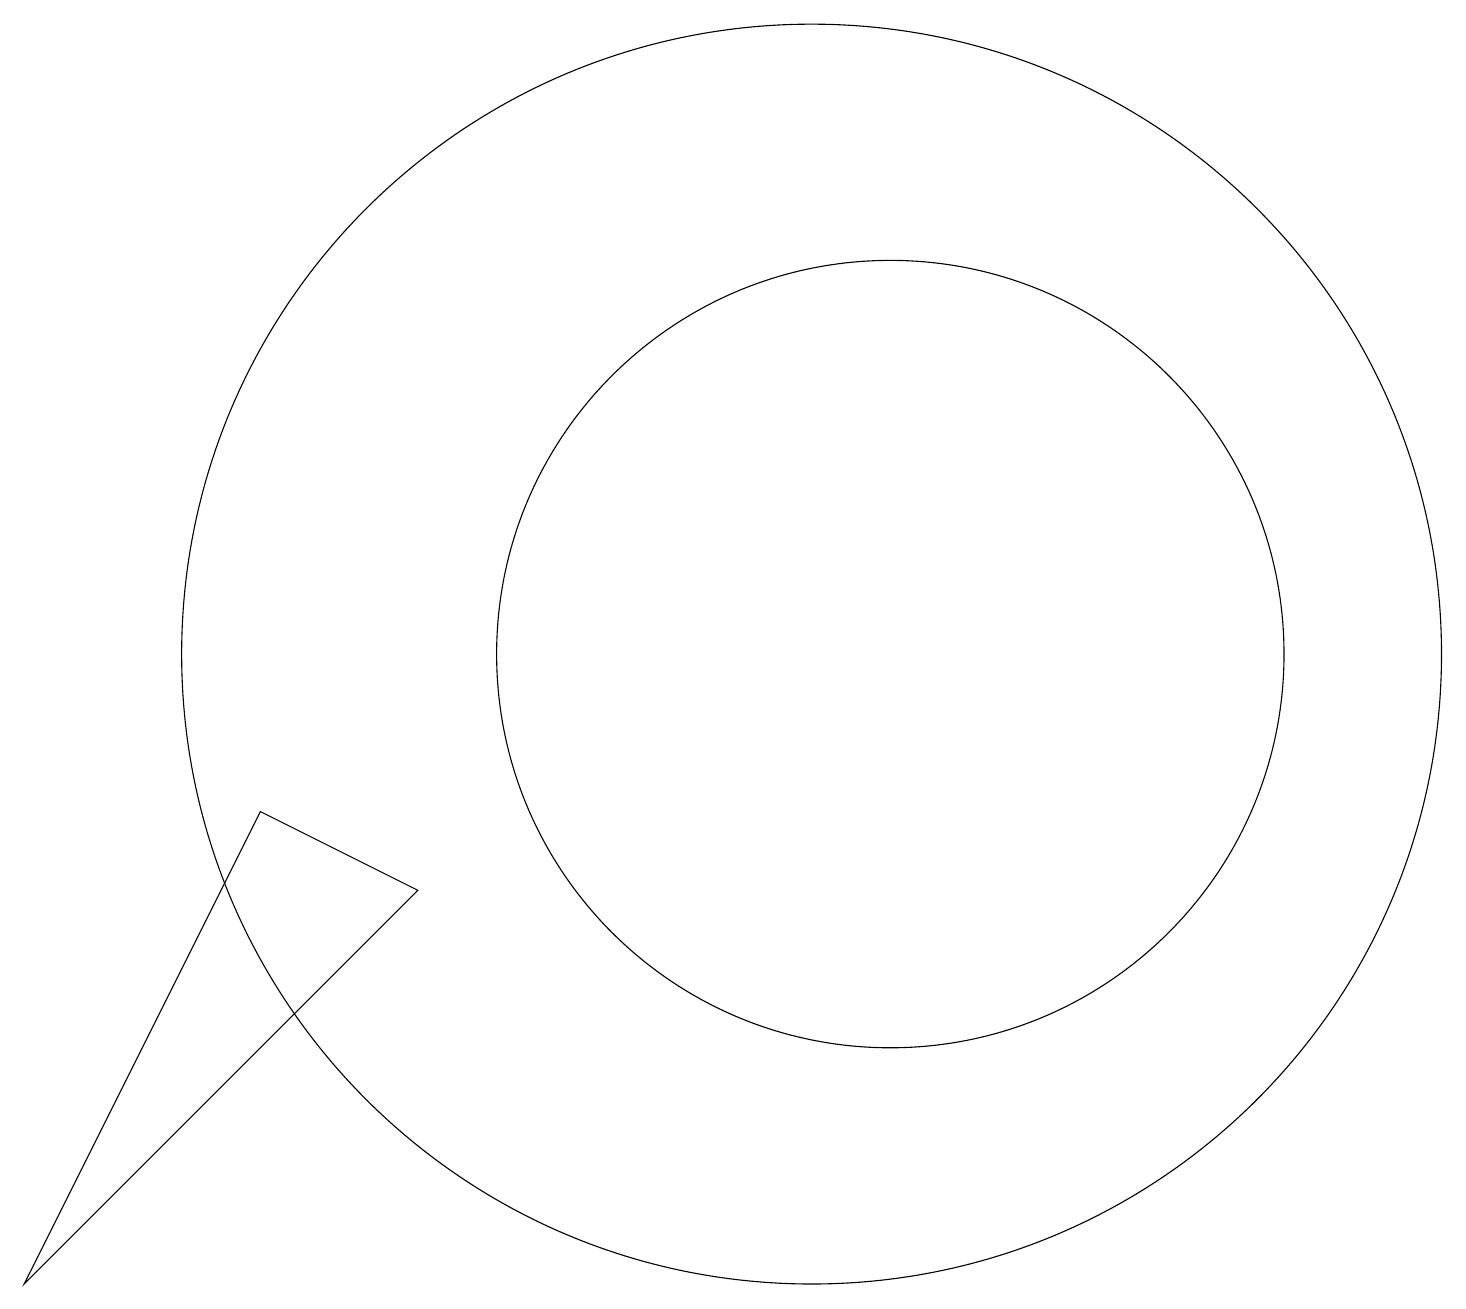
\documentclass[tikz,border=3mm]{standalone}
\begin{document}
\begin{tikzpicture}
\draw (11,10) circle (5);
\draw (10,10) circle (8);
\draw (3,8) -- (5,7) -- (0,2) -- cycle;
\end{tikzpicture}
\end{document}